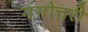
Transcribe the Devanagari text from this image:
गंगोत्तरी